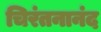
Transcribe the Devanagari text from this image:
चिरंतनानंद